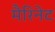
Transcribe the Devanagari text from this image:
मैरिनेट